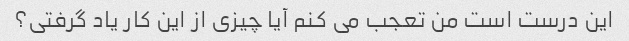
این درست است من تعجب می کنم آیا چیزی از این کار یاد گرفتی؟